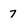
Character: 7